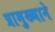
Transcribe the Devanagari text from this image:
प्रामुख्‍याने